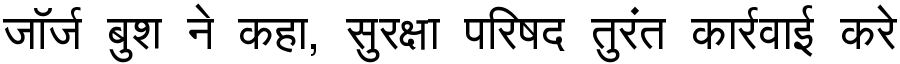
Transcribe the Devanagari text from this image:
जॉर्ज बुश ने कहा, सुरक्षा परिषद तुरंत कार्रवाई करे